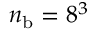
n _ { \mathrm { b } } = 8 ^ { 3 }